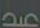
عبد